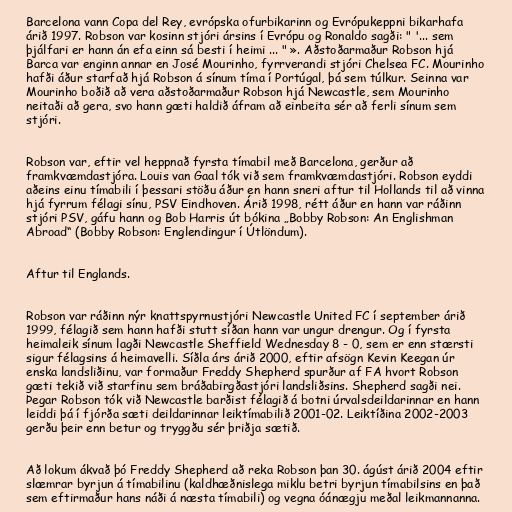
Barcelona vann Copa del Rey, evrópska ofurbikarinn og Evrópukeppni bikarhafa
árið 1997. Robson var kosinn stjóri ársins í Evrópu og Ronaldo sagði: " '... sem
þjálfari er hann án efa einn sá besti í heimi ... " ». Aðstoðarmaður Robson hjá
Barca var enginn annar en José Mourinho, fyrrverandi stjóri Chelsea FC. Mourinho
hafði áður starfað hjá Robson á sínum tíma í Portúgal, þá sem túlkur. Seinna var
Mourinho boðið að vera aðstoðarmaður Robson hjá Newcastle, sem Mourinho
neitaði að gera, svo hann gæti haldið áfram að einbeita sér að ferli sínum sem
stjóri.

Robson var, eftir vel heppnað fyrsta tímabil með Barcelona, ​​gerður að
framkvæmdastjóra. Louis van Gaal tók við sem framkvæmdastjóri. Robson eyddi
aðeins einu tímabili í þessari stöðu áður en hann sneri aftur til Hollands til að vinna
hjá fyrrum félagi sínu, PSV Eindhoven. Árið 1998, rétt áður en hann var ráðinn
stjóri PSV, gáfu hann og Bob Harris út bókina „Bobby Robson: An Englishman
Abroad“ (Bobby Robson: Englendingur í Útlöndum).

Aftur til Englands.

Robson var ráðinn nýr knattspyrnustjóri Newcastle United FC í september árið
1999, félagið sem hann hafði stutt síðan hann var ungur drengur. Og í fyrsta
heimaleik sínum lagði Newcastle Sheffield Wednesday 8 - 0, sem er enn stærsti
sigur félagsins á heimavelli. Síðla árs árið 2000, eftir afsögn Kevin Keegan úr
enska landsliðinu, var formaður Freddy Shepherd spurður af FA hvort Robson
gæti tekið við starfinu sem bráðabirgðastjóri landsliðsins. Shepherd sagði nei.
Þegar Robson tók við Newcastle barðist félagið á botni úrvalsdeildarinnar en hann
leiddi þá í fjórða sæti deildarinnar leiktímabilið 2001-02. Leiktíðina 2002-2003
gerðu þeir enn betur og tryggðu sér þriðja sætið.

Að lokum ákvað þó Freddy Shepherd að reka Robson þan 30. ágúst árið 2004 eftir
slæmrar byrjun á tímabilinu (kaldhæðnislega miklu betri byrjun tímabilsins en það
sem eftirmaður hans náði á næsta tímabili) og vegna óánægju meðal leikmannanna.